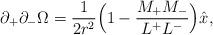
LaTeX: \begin{align*}\partial_+\partial_- \Omega=\frac{1}{2r^2}\Bigl(1-\frac{M_+M_-}{L^+L^-}\Bigr)\hat{x},\end{align*}